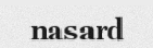
nasard